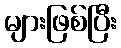
များဖြစ်ပြီး